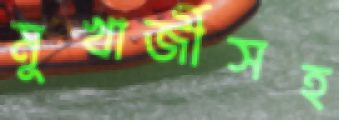
মুখার্জীসহ